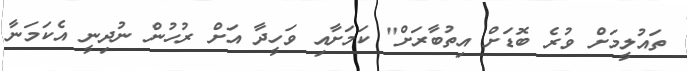
ތައުލީމަށް ވުރެ ބޮޑަށް އިތުބާރަށް" ކަމަށާއި ވަހީދާ އަށް ރުހުން ނުދިނީ އެކަމަނާ